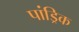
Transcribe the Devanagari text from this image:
पांड्रिक